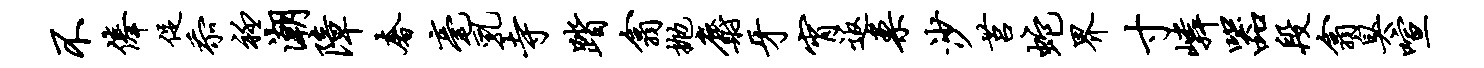
不俸促忝衽潮障奢毫乳寺踏翕抛麝牙宵返案沙莒蛇界寸嶙器段翕臭喧